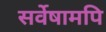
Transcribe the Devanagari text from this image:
सर्वेषामपि